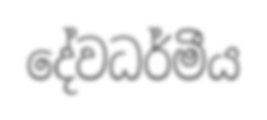
දේවධර්මීය